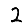
Digit: 2